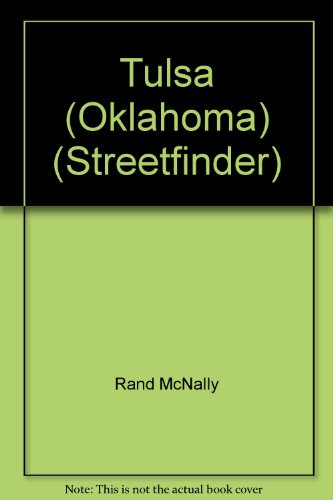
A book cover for Rand McNally Tulsa and Vicinity Streetfinder (Streetfinder Atlas); Rand McNally and Company; Travel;